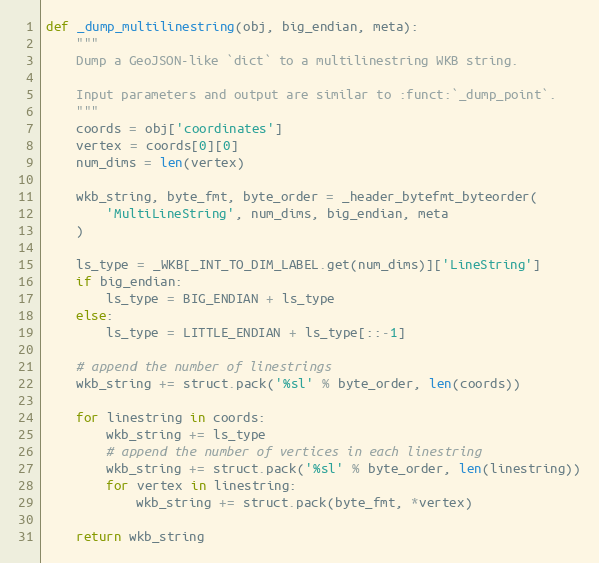
Language: Python
def _dump_multilinestring(obj, big_endian, meta):
    """
    Dump a GeoJSON-like `dict` to a multilinestring WKB string.

    Input parameters and output are similar to :funct:`_dump_point`.
    """
    coords = obj['coordinates']
    vertex = coords[0][0]
    num_dims = len(vertex)

    wkb_string, byte_fmt, byte_order = _header_bytefmt_byteorder(
        'MultiLineString', num_dims, big_endian, meta
    )

    ls_type = _WKB[_INT_TO_DIM_LABEL.get(num_dims)]['LineString']
    if big_endian:
        ls_type = BIG_ENDIAN + ls_type
    else:
        ls_type = LITTLE_ENDIAN + ls_type[::-1]

    # append the number of linestrings
    wkb_string += struct.pack('%sl' % byte_order, len(coords))

    for linestring in coords:
        wkb_string += ls_type
        # append the number of vertices in each linestring
        wkb_string += struct.pack('%sl' % byte_order, len(linestring))
        for vertex in linestring:
            wkb_string += struct.pack(byte_fmt, *vertex)

    return wkb_string